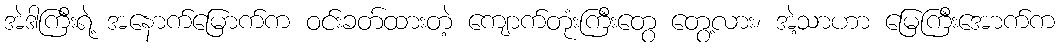
အဲဒါကြီးရဲ့ အနောက်မြောက်က ဝင်းခတ်ထားတဲ့ ကျောက်တုံးကြီးတွေ တွေ့လား၊ အဲ့သာဟာ မြေကြီးအောက်က